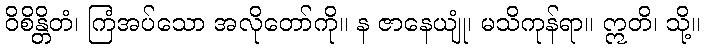
ဝိစိန္တိတံ၊ ကြံအပ်သော အလိုတော်ကို။ န ဇာနေယျုံ၊ မသိကုန်ရာ။ ဣတိ၊ သို့။